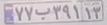
۷۷ب۳۹۱۱۳